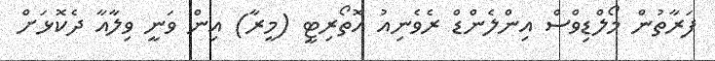
ފަރާތުން މޯލްޑިވްސް އިންލެންޑް ރެވެނިއު އޮތޯރިޓީ (މީރާ) އިން ވަނީ ވިލާއާ ދެކޮޅަށް